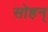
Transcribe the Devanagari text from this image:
सोहन्